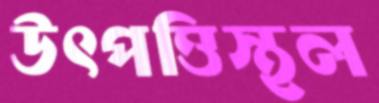
উৎপত্তিস্থল